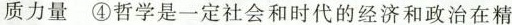
质力量④哲学是一定社会和时代的经济和政治在精